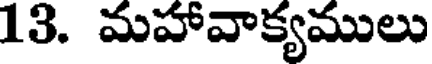
13. మహావాక్యములు